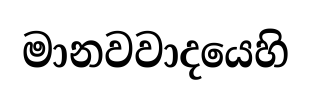
මානවවාදයෙහි